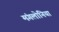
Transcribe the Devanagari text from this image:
मंगलोनिया